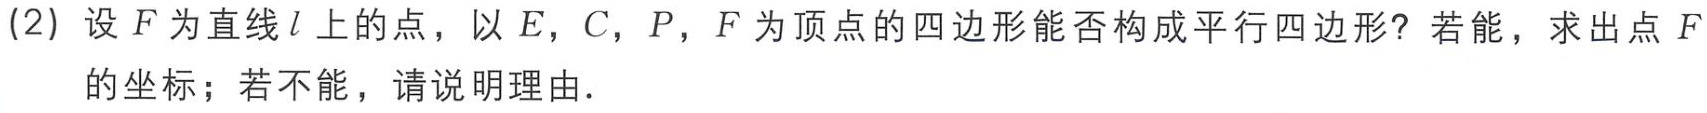
(2) 设\(F\)为直线\(l\)上的点，以\(E\)，\(C\)，\(P\)，\(F\)为顶点的四边形能否构成平行四边形？若能，求出点\(F\)的坐标；若不能，请说明理由.